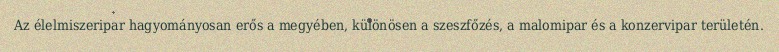
Az élelmiszeripar hagyományosan erős a megyében, különösen a szeszfőzés, a malomipar és a konzervipar területén.